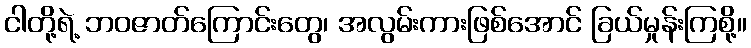
ငါတို့ရဲ့ ဘဝဇာတ်ကြောင်းတွေ၊ အလွမ်းကားဖြစ်အောင် ခြယ်မှုန်းကြစို့။